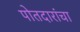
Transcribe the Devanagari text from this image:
पोतदारांचा